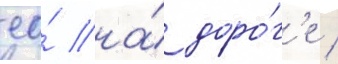
ео́ на́ доро́г'е /